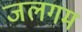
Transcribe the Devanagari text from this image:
जलगम